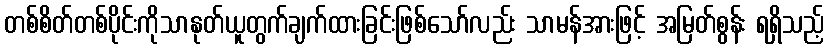
တစ်စိတ်တစ်ပိုင်းကိုသာနုတ်ယူတွက်ချက်ထားခြင်းဖြစ်သော်လည်း သာမန်အားဖြင့် အမြတ်စွန်း ရရှိသည့်